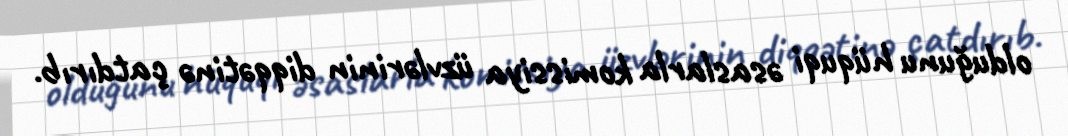
olduğunu hüquqi əsaslarla komissiya üzvlərinin diqqətinə çatdırıb.